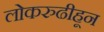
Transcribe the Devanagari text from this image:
लोकरुढीहून